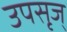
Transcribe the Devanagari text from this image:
उपसृज्